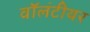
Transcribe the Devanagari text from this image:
वॉलंटीयर